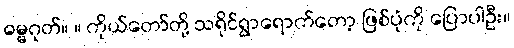
ဓမ္မဂုတ်။ ။ ကိုယ်တော်တို့ သရိုင်ရွာရောက်တော့ ဖြစ်ပုံကို ပြောပါဦး။